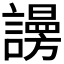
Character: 𧬒